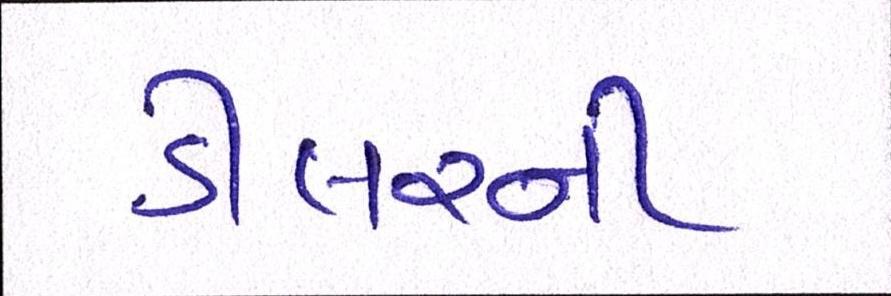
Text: ડીલરની